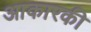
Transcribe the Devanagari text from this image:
आकारकी